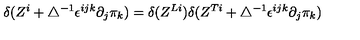
\delta ( Z ^ { i } + \bigtriangleup ^ { - 1 } \epsilon ^ { i j k } \partial _ { j } \pi _ { k } ) = \delta ( Z ^ { L i } ) \delta ( Z ^ { T i } + \bigtriangleup ^ { - 1 } \epsilon ^ { i j k } \partial _ { j } \pi _ { k } )